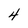
Character: 4